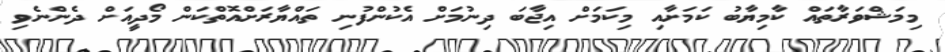
މިމަޝްވަރާތައް ކާމިޔާބު ކަމަށާއި މިކަމަށް އިޖާބަ ދިނުމަށް އެކުންފުނި ތައްޔާރަށްއޮތްކަން މޯދީއަށް ދެންނެވި